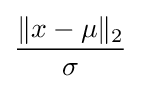
{\frac {\lVert x-\mu \rVert _{2}}{\sigma }}